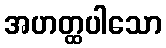
အဟတ္ထပါသော